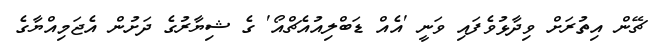
ޗޭން އިތުރަށް ވިދާޅުވެފައި ވަނީ 'އެއް ޑަބްލިއުއެޗްއޯ' ގެ ޝިޔާރުގެ ދަށުން އެޖަމިއްޔާގެ